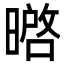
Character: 㬖